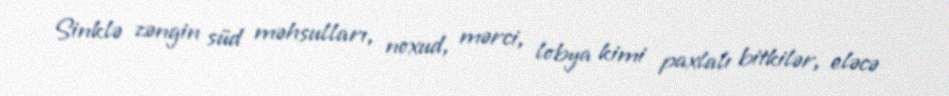
Sinklə zəngin süd məhsulları, noxud, mərci, lobya kimi paxlalı bitkilər, eləcə